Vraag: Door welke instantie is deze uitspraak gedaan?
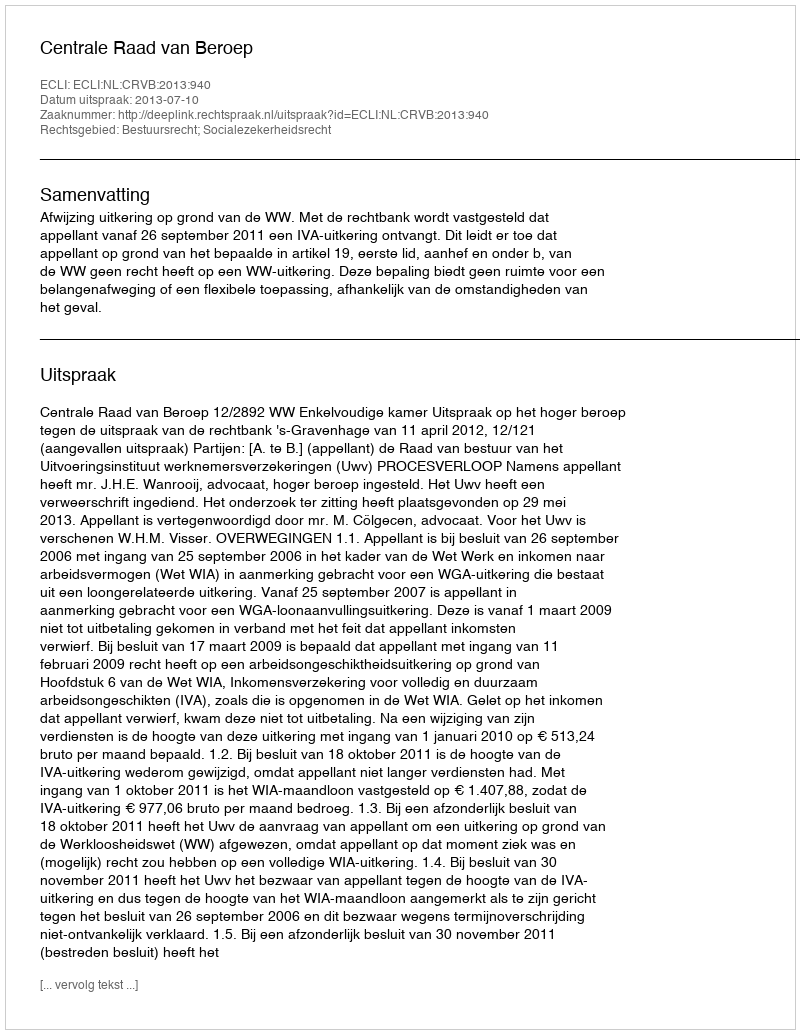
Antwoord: Centrale Raad van Beroep